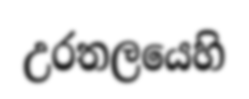
උරතලයෙහි